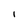
Character: l